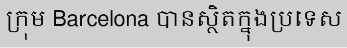
ក្រុម Barcelona បានស្ថិតក្នុងប្រទេស